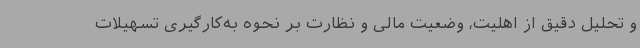
و تحلیل دقیق از اهلیت، وضعیت مالی و نظارت بر نحوه به‌کارگیری تسهیلات